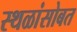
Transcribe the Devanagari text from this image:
स्थळांसोबत